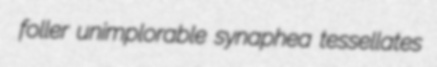
foller unimplorable synaphea tessellates